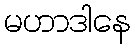
မဟာဒါနေ